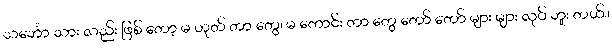
သင်္ဘော သား လည်း ဖြစ် တော့ မ ဟုတ် တာ တွေ၊ မ ကောင်း တာ တွေ တော် တော် များ များ လုပ် ဘူး တယ်။